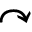
\curvearrowright